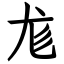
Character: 尨